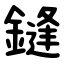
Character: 鏠